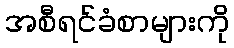
အစီရင်ခံစာများကို